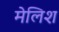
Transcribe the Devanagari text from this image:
मेलिश